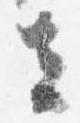
去